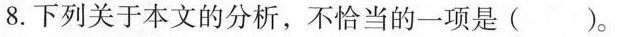
8.下列关于本文的分析，不恰当的一项是( )。